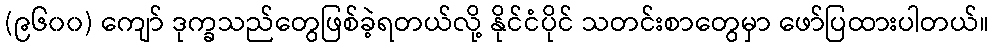
(၉၆၀၀) ကျော် ဒုက္ခသည်တွေဖြစ်ခဲ့ရတယ်လို့ နိုင်ငံပိုင် သတင်းစာတွေမှာ ဖော်ပြထားပါတယ်။